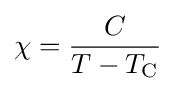
\chi ={\frac {C}{T-T_{\rm {C}}}}